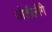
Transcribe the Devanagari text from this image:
जोतीर्लींगे